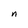
Character: n